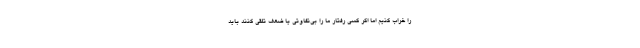
را خراب کنیم اما اگر کسی رفتار ما را بی‌تفاوتی یا ضعف تلقی کنند باید